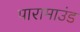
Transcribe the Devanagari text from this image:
पारामाउंड